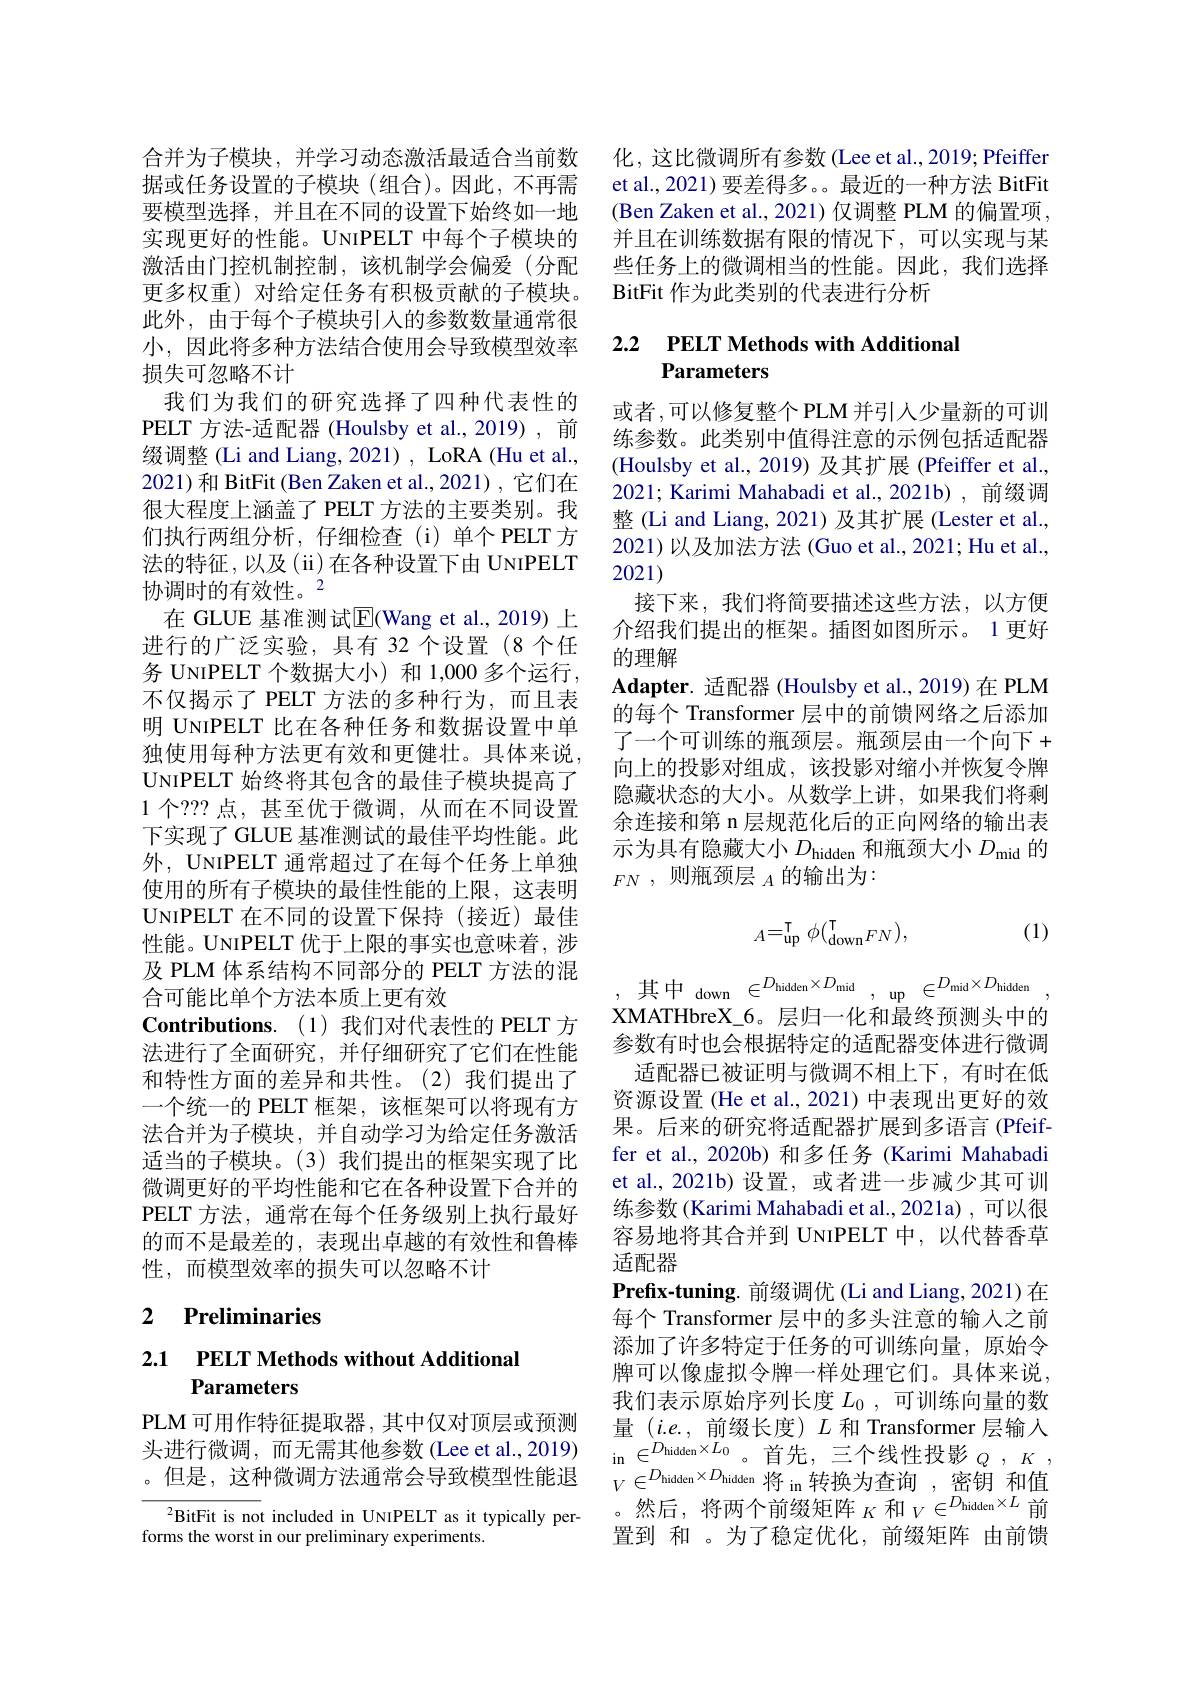
合并为子模块，并学习动态激活最适合当前数据或任务设置的子模块(组合)。因此，不再需要模型选择，并且在不同的设置下始终如一地实现更好的性能。UNIPELT 中每个子模块的激活由门控机制控制，该机制学会偏爱(分配更多权重)对给定任务有积极贡献的子模块。此外，由于每个子模块引入的参数数量通常很小，因此将多种方法结合使用会导致模型效率损失可忽略不计
我们为我们的研究选择了四种代表性的PELT 方法-适配器 (Houlsby et al., 2019) , 前缀调整 (Li and Liang, 2021) , LoRA (Hu et al., 2021)和 BitFit (Ben Zaken et al., 2021), 它们在很大程度上涵盖了 PELT 方法的主要类别。我们执行两组分析，仔细检查(i)单个 PELT 方法的特征，以及(ii)在各种设置下由 UNIPELT 协调时的有效性。$^{2}$
在 GLUE 基准测试E[(Wang et al.,2019) 上进行的广泛实验，具有 32 个设置(8 个任务 UNIPELT 个数据大小) 和 1,000 多个运行， 不仅揭示了 PELT 方法的多种行为，而且表明 UNIPELT 比在各种任务和数据设置中单独使用每种方法更有效和更健壮。具体来说， UNIPELT 始终将其包含的最佳子模块提高了1 个？?? 点，甚至优于微调，从而在不同设置下实现了 GLUE 基准测试的最佳平均性能。此外，UNIPELT 通常超过了在每个任务上单独使用的所有子模块的最佳性能的上限，这表明UNIPELT 在不同的设置下保持(接近)最佳性能。UNIPELT 优于上限的事实也意味着，涉及 PLM 体系结构不同部分的 PELT 方法的混合可能比单个方法本质上更有效
$\textbf{Contributions. ( 1) 我 们 对 代 表 性 的 PELT 方 }$ 法进行了全面研究，并仔细研究了它们在性能和特性方面的差异和共性。(2)我们提出了一个统一的 PELT 框架，该框架可以将现有方法合并为子模块，并自动学习为给定任务激活适当的子模块。(3)我们提出的框架实现了比微调更好的平均性能和它在各种设置下合并的PELT 方法，通常在每个任务级别上执行最好的而不是最差的，表现出卓越的有效性和鲁棒性，而模型效率的损失可以忽略不计

## 2 $\textbf{Preliminaries}$

## 2.1 PELT Methods without Additional Parameters

PLM 可 用 作 特 征 提 取 器 , 其 中 仅 对 顶 层 或 预 测 。但是，这种微调方法通常会导致模型性能退

$^{2}$BitFit is not included in UNIPELT as it typically per-
forms the worst in our preliminary experiments.

化，这比微调所有参数(Lee et al., 2019; Pfeiffer et al., 2021) 要差得多。最近的一种方法 BitFit (Ben Zaken et al., 2021) 仅调整 PLM 的偏置项， 并且在训练数据有限的情况下，可以实现与某些任务上的微调相当的性能。因此，我们选择BitFit 作为此类别的代表进行分析

## 2.2 $\textbf{PELT Methods with Additional}$ Parameters

或者，可以修复整个 PLM 并引人少量新的可训练参数。此类别中值得注意的示例包括适配器(Houlsby et al.,2019) 及其扩展 (Pfeiffer et al., 2021; Karimi Mahabadi et al., 2021b) , 前缀调整(Li and Liang, 2021) 及其扩展 (Lester et al., 2021)以及加法方法 (Guo et al., 2021; Hu et al., 2021)
接下来，我们将简要描述这些方法，以方便介绍我们提出的框架。插图如图所示。1 更好的理解
Adapter. 适配器 (Houlsby et al., 2019) 在 PLM 的每个 Transformer 层中的前馈网络之后添加了一个可训练的瓶颈层。瓶颈层由一个向下 + 向上的投影对组成，该投影对缩小并恢复令牌隐藏状态的大小。从数学上讲，如果我们将剩余连接和第 n 层规范化后的正向网络的输出表示为具有隐藏大小$D_\mathrm{hidden}$和瓶颈大小$D_\mathrm{mid}$的$FN$ , $\text{则 瓶 颈 层 }_A$的输出为：

(1)
$$_A=_{\mathrm{up}}^{\intercal}\phi(_{\mathrm{down}}^{\intercal}FN),$$
$\begin{array}{ccc}\text{其中 }&\in^{D_{\mathrm{hidden}}\times D_{\mathrm{mid}}}&{,\:\mathrm{up}}&{\in}^{D_{\mathrm{mid}}\times D_{\mathrm{hidden}}}\\\text{astorwu vec}&{\vee}&{\wedge}&{\wedge}&{\wedge}&{\wedge}&{\wedge}&{\wedge}&{\wedge}&{\wedge}&{\wedge}\end{array}$ XMATHbreX\_6。层归一化和最终预测头中的参数有时也会根据特定的适配器变体进行微调适配器已被证明与微调不相上下，有时在低资源设置 (He et al., 2021) 中表现出更好的效果。后来的研究将适配器扩展到多语言(Pfeif-) fer et al., 2020b) 和多任务 (Karimi Mahabadi et al., 2021b) 设置，或者进一步减少其可训练参数 (Karimi Mahabadi et al., 2021a) , 可以很容易地将其合并到 UNIPELT 中，以代替香草适配器
Prefix-tuning. 前缀调优 (Li and Liang, 2021) 在每个 Transformer 层中的多头注意的输人之前添加了许多特定于任务的可训练向量，原始令牌可以像虚拟令牌一样处理它们。具体来说， 我们表示原始序列长度$L_0$,可训练向量的数量$(i.e.$,前缀长度)$L$和Transformer层输入
头 进 行 微 调 , 而 无 需 其 他 参 数 ( Lee et al. , 2019) $\in ^{D_{\mathrm{hidden}}\times L_{0}}。\text{首 先 , 三 个 线 性 投 影 }_{Q}, K$, 但 旦 。这 种 凿 调 亡 浊 涌 学 合 已 函 横 刑 肿 能 泪 in $\in ^{D_{\mathrm{hidden}}\times L_{0}}。\text{首 先 , 三 个 线 性 投 影 }_{Q}, K$,
$V\in^{D_{\mathrm{hidden}}\times D_{\mathrm{hidden}}}$将$_\mathrm{in}$转换为查询，密钥 和值。然后，将两个前缀矩阵 $_K\text{和 }_V\in^{D_{\mathrm{hidden}}\times L}$前置到 和 。为了稳定优化，前缀矩阵 由前馈